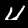
Label: 4